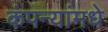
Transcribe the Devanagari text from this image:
कंपन्यांमधे